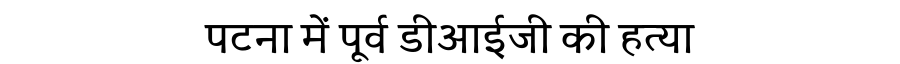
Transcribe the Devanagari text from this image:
पटना में पूर्व डीआईजी की हत्या